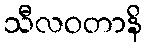
သီလဝတာနိ